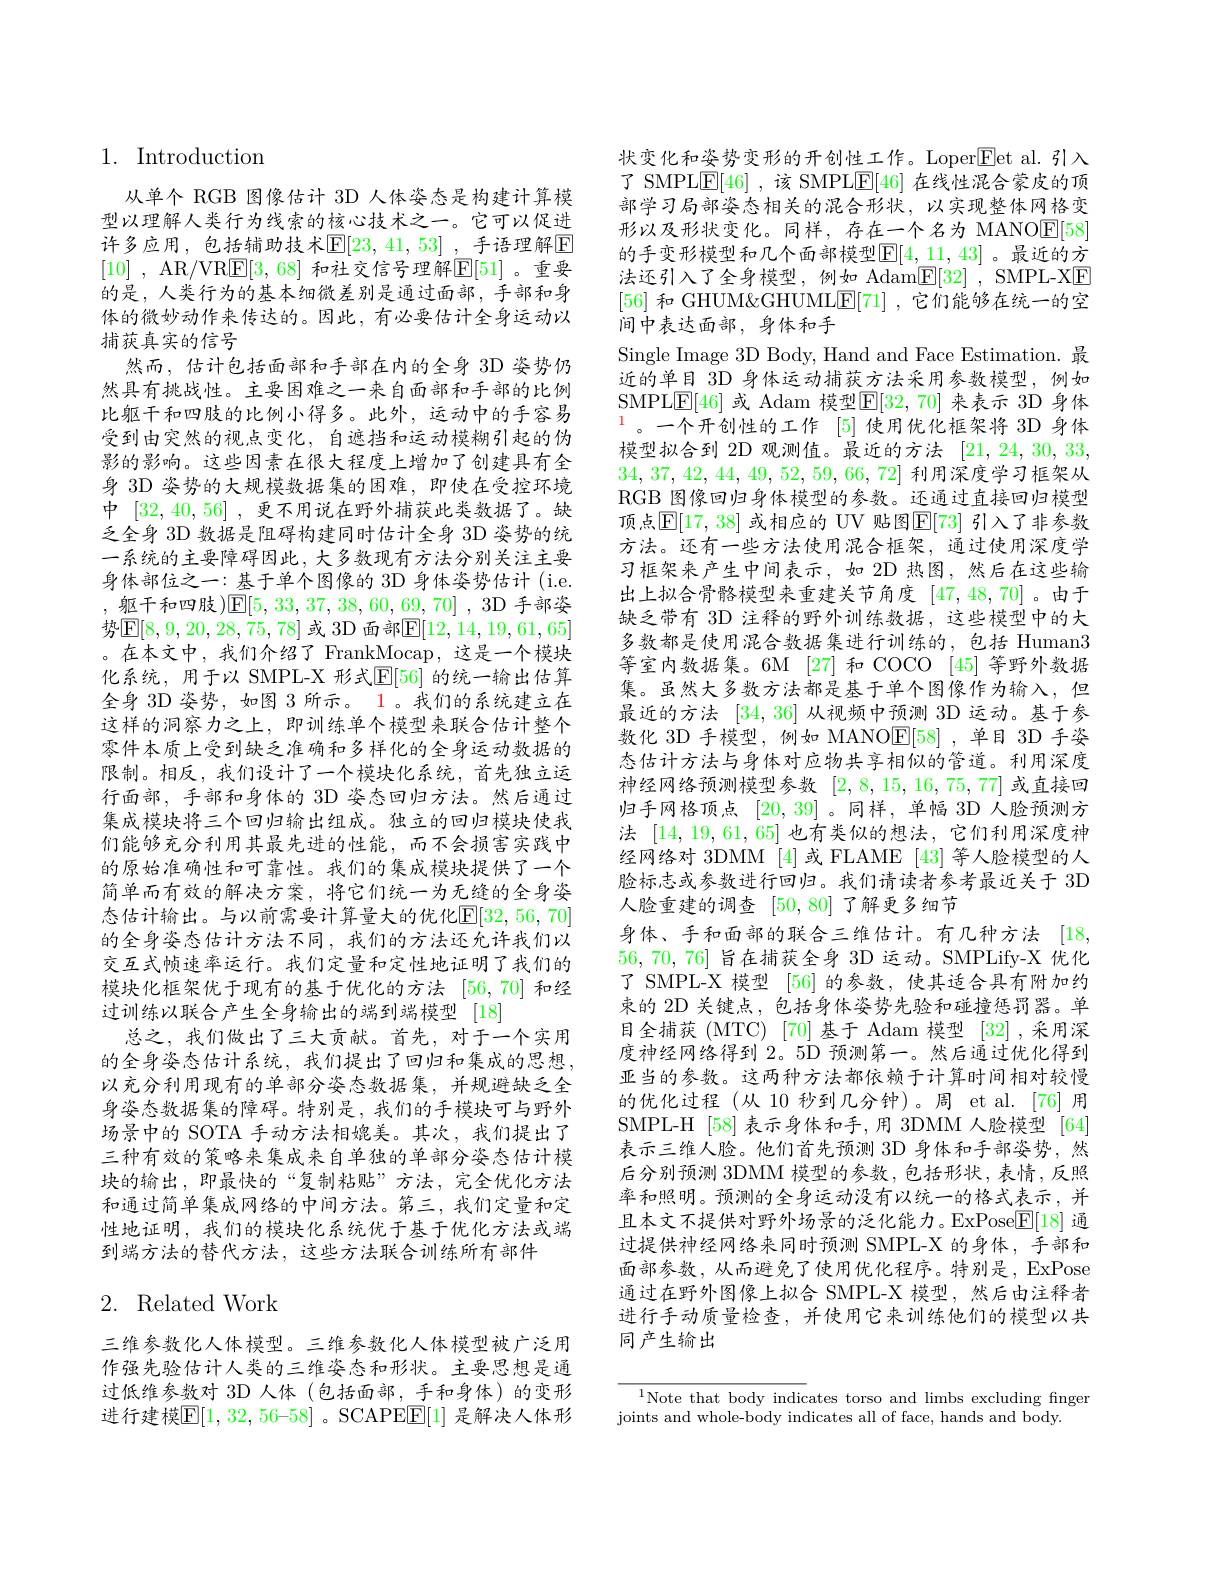
# 1. Introduction

从单个 RGB 图像估计 3D 人体姿态是构建计算模型以理解人类行为线索的核心技术之一。它可以促进许多应用，包括辅助技术$\mathbb{E}[23,41,53]$ ,手语理解$\mathbb{E}$ [10] , AR/ VRE[ 3, 68] 和社交信号理解$\mathbb{E}[51]$。重要的是，人类行为的基本细微差别是通过面部，手部和身体的微妙动作来传达的。因此，有必要估计全身运动以捕获真实的信号
然而，估计包括面部和手部在内的全身 3D 姿势仍然具有挑战性。主要困难之一来自面部和手部的比例比躯干和四肢的比例小得多。此外，运动中的手容易受到由突然的视点变化，自遮挡和运动模糊引起的伪影的影响。这些因素在很大程度上增加了创建具有全身 3D 姿势的大规模数据集的困难，即使在受控环境中[32,40,56] ,更不用说在野外捕获此类数据了。缺乏全身 3D 数据是阻碍构建同时估计全身 3D 姿势的统一系统的主要障碍因此，大多数现有方法分别关注主要身体部位之一：基于单个图像的 3D 身体姿势估计 (i.e. ,躯干和四肢$)[\mathbb{E}[5,33,37,38,60,69,70],3$D手部姿势$\mathbb{E}[8,9,20,28,75,78]$ 或 3D 面部$\mathbb{E}[12,14,19,61,65]$ 。在本文中，我们介绍了 FrankMocap,这是一个模块化系统，用于以 SMPL-X 形式$\mathbb{E}[56]$ 的统一输出估算全身 3D 姿势，如图 3所示。1。我们的系统建立在这样的洞察力之上，即训练单个模型来联合估计整个零件本质上受到缺乏准确和多样化的全身运动数据的限制。相反，我们设计了一个模块化系统，首先独立运行面部，手部和身体的 3D 姿态回归方法。然后通过集成模块将三个回归输出组成。独立的回归模块使我们能够充分利用其最先进的性能，而不会损害实践中的原始准确性和可靠性。我们的集成模块提供了一个简单而有效的解决方案，将它们统一为无缝的全身姿态估计输出。与以前需要计算量大的优化$\mathbb{E}[32,56,70]$ 的全身姿态估计方法不同，我们的方法还允许我们以交互式帧速率运行。我们定量和定性地证明了我们的模块化框架优于现有的基于优化的方法 [56,70]和经过训练以联合产生全身输出的端到端模型 [18]
总之，我们做出了三大贡献。首先，对于一个实用的全身姿态估计系统，我们提出了回归和集成的思想， 以充分利用现有的单部分姿态数据集，并规避缺乏全身姿态数据集的障碍。特别是，我们的手模块可与野外场景中的 SOTA 手动方法相媲美。其次，我们提出了三种有效的策略来集成来自单独的单部分姿态估计模块的输出，即最快的“复制粘贴”方法，完全优化方法和通过简单集成网络的中间方法。第三，我们定量和定性地证明，我们的模块化系统优于基于优化方法或端到端方法的替代方法，这些方法联合训练所有部件

# 2. Related Work

三维参数化人体模型。三维参数化人体模型被广泛用作强先验估计人类的三维姿态和形状。主要思想是通过低维参数对 3D 人体 (包括面部，手和身体)的变形进行建模$\boxed{\mathrm{E}}[1,32,56–58]$ 。SCAPEE$\boxed[1]$ 是解决人体形

状变化和姿势变形的开创性工作。Loper$\boxed{\mathrm{Eet~al.~}}$引入了 SMPL$\underline{\mathrm{E}}[46]$ ,该 SMPL$\underline{\mathrm{E}}[46]$在线性混合蒙皮的顶部学习局部姿态相关的混合形状，以实现整体网格变形以及形状变化。同样，存在一个名为 MANOE[58] 的手变形模型和几个面部模型$\boxed{\mathrm{F} }[ 4, \underline {11}$, 43]。最近的方法还引入了全身模型，例如 Adam$\underline{\mathrm{E}}[32]$, SMPL-XE [56]和 GHUM&GHUMLE[71] ,它们能够在统一的空间中表达面部，身体和手
Single Image 3D Body, Hand and Face Estimation. 最近的单目 3D 身体运动捕获方法采用参数模型，例如SMPL$\underline{\mathrm{E}}[46]$ 或 Adam 模型$\underline{\mathrm{E}}[32,70]$ 来表示 3D 身体$^{1}$。一个开创性的工作$^{[5]}$使用优化框架将 3D 身体模型拟合到 2D 观测值。最近的方法[21,24,30,33, 34, 37, 42, 44, 49, 52, 59, 66, 72]利用深度学习框架从RGB 图像回归身体模型的参数。还通过直接回归模型顶点$\mathbb{E}[17,38]$ 或相应的 UV 贴图$\mathbb{E}[73]$ 引入了非参数方法。还有一些方法使用混合框架，通过使用深度学习框架来产生中间表示，如 2D 热图，然后在这些输出上拟合骨骼模型来重建关节角度[47,48,70]。由于缺乏带有 3D 注释的野外训练数据，这些模型中的大多数都是使用混合数据集进行训练的，包括 Human3等室内数据集。6M [27]和 COCO [45] 等野外数据集。虽然大多数方法都是基于单个图像作为输入，但最近的方法 [34,36] 从视频中预测 3D 运动。基于参数化 3D 手模型，例如 MANOE[58] ,单目 3D 手姿态估计方法与身体对应物共享相似的管道。利用深度神经网络预测模型参数[2,8,15,16,75,77]或直接回归手网格顶点[20,39]。同样，单幅 3D 人脸预测方法[14,19,61,65]也有类似的想法，它们利用深度神经网络对 3DMM [4]或 FLAME [43] 等人脸模型的人脸标志或参数进行回归。我们请读者参考最近关于 3D 人脸重建的调查[50,80]了解更多细节
身体、手和面部的联合三维估计。有几种方法 [18, 56,70,76]旨在捕获全身 3D 运动。SMPLify-X 优化了 SMPL-X 模型 [56] 的参数，使其适合具有附加约束的 2D 关键点，包括身体姿势先验和碰撞惩罚器。单目全捕获 (MTC) [70] 基于 Adam 模型 [32] ,采用深度神经网络得到 2。5D 预测第一。然后通过优化得到亚当的参数。这两种方法都依赖于计算时间相对较慢的优化过程 (从 10 秒到几分钟)。周 et al.[76]用SMPL-H [58] 表示身体和手，用 3DMM 人脸模型 [64] 表示三维人脸。他们首先预测 3D 身体和手部姿势，然后分别预测 3DMM 模型的参数，包括形状，表情，反照率和照明。预测的全身运动没有以统一的格式表示，并且本文不提供对野外场景的泛化能力。ExPose$\underline{\mathrm{E}}[18]$通过提供神经网络来同时预测 SMPL-X 的身体，手部和面部参数，从而避免了使用优化程序。特别是，ExPose 通过在野外图像上拟合 SMPL-X 模型，然后由注释者进行手动质量检查，并使用它来训练他们的模型以共同产生输出

$^{1}$Note that body indicates torso and limbs excluding finger
joints and whole-body indicates all of face, hands and body.